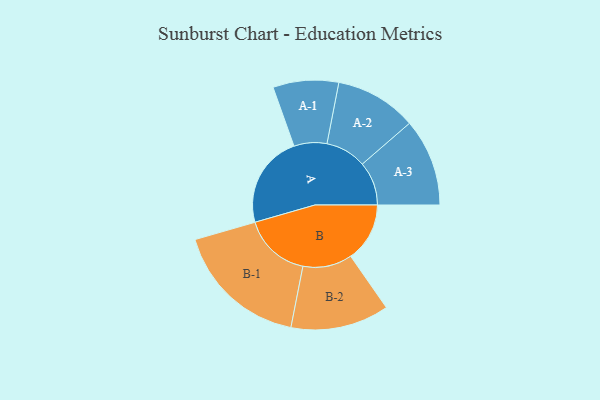
{"axis": {"x": "Segment", "y": "Value"}, "legend": ["", "A", "B"], "data": [{"x": "A", "y": 406, "type": ""}, {"x": "B", "y": 259, "type": ""}, {"x": "A-1", "y": 144, "type": "A"}, {"x": "A-2", "y": 179, "type": "A"}, {"x": "A-3", "y": 192, "type": "A"}, {"x": "B-1", "y": 295, "type": "B"}, {"x": "B-2", "y": 216, "type": "B"}]}